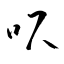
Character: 呎